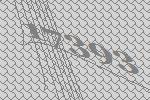
17393